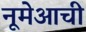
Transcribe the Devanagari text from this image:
नूमेआची